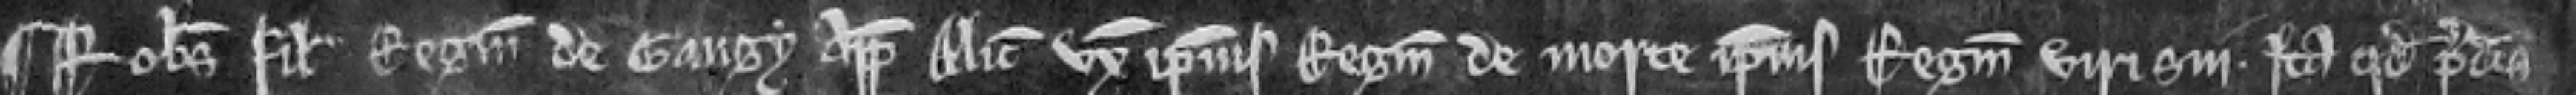
¶ Robertus filius Reginaldi de Gaugy appellavit Aliciam uxorem ipsius Reginaldi de morte ipsius Reginaldi viri sui. Ita quod predictus